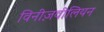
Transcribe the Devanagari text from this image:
विनीज़वीलियन